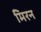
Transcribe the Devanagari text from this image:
मिरन